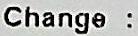
CHANGE :